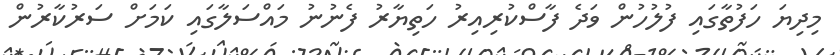
މިދިޔަ ހަފުތާގައި ފުލުހުން ވަދެ ފާސްކުރިއިރު ހަތިޔާރު ފެނުނު މައްސަލާގައި ކަމަށް ސަރުކާރުން